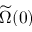
\widetilde \Omega ( 0 )